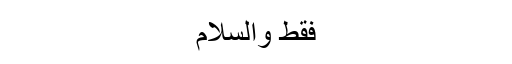
فقط والسلام